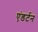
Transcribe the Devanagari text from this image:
एंडर्टन